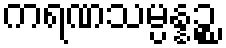
ကရဏသမ္ပန္နဉ္စ